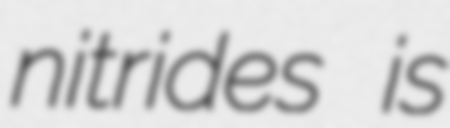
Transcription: nitrides is